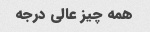
همه چیز عالی ‌درجه